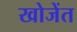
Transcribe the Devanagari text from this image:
खोजेंत